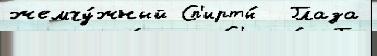
жемчу́жный Сп'ирты́  Глаза